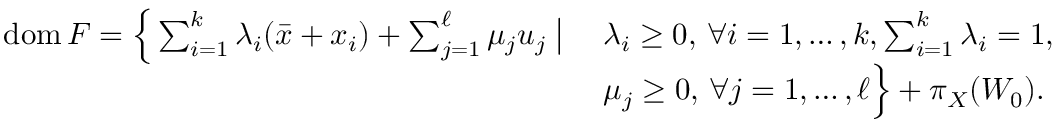
\begin{array} { r } { \begin{array} { l l } { \mathrm { d o m } \, F = \Big \{ \sum _ { i = 1 } ^ { k } \lambda _ { i } ( \bar { x } + x _ { i } ) + \sum _ { j = 1 } ^ { \ell } \mu _ { j } u _ { j } \; \big | \; } & { \lambda _ { i } \geq 0 , \, \forall i = 1 , \ldots , k , \sum _ { i = 1 } ^ { k } \lambda _ { i } = 1 , } \\ & { \mu _ { j } \geq 0 , \, \forall j = 1 , \ldots , \ell \Big \} + \pi _ { X } ( W _ { 0 } ) . } \end{array} } \end{array}